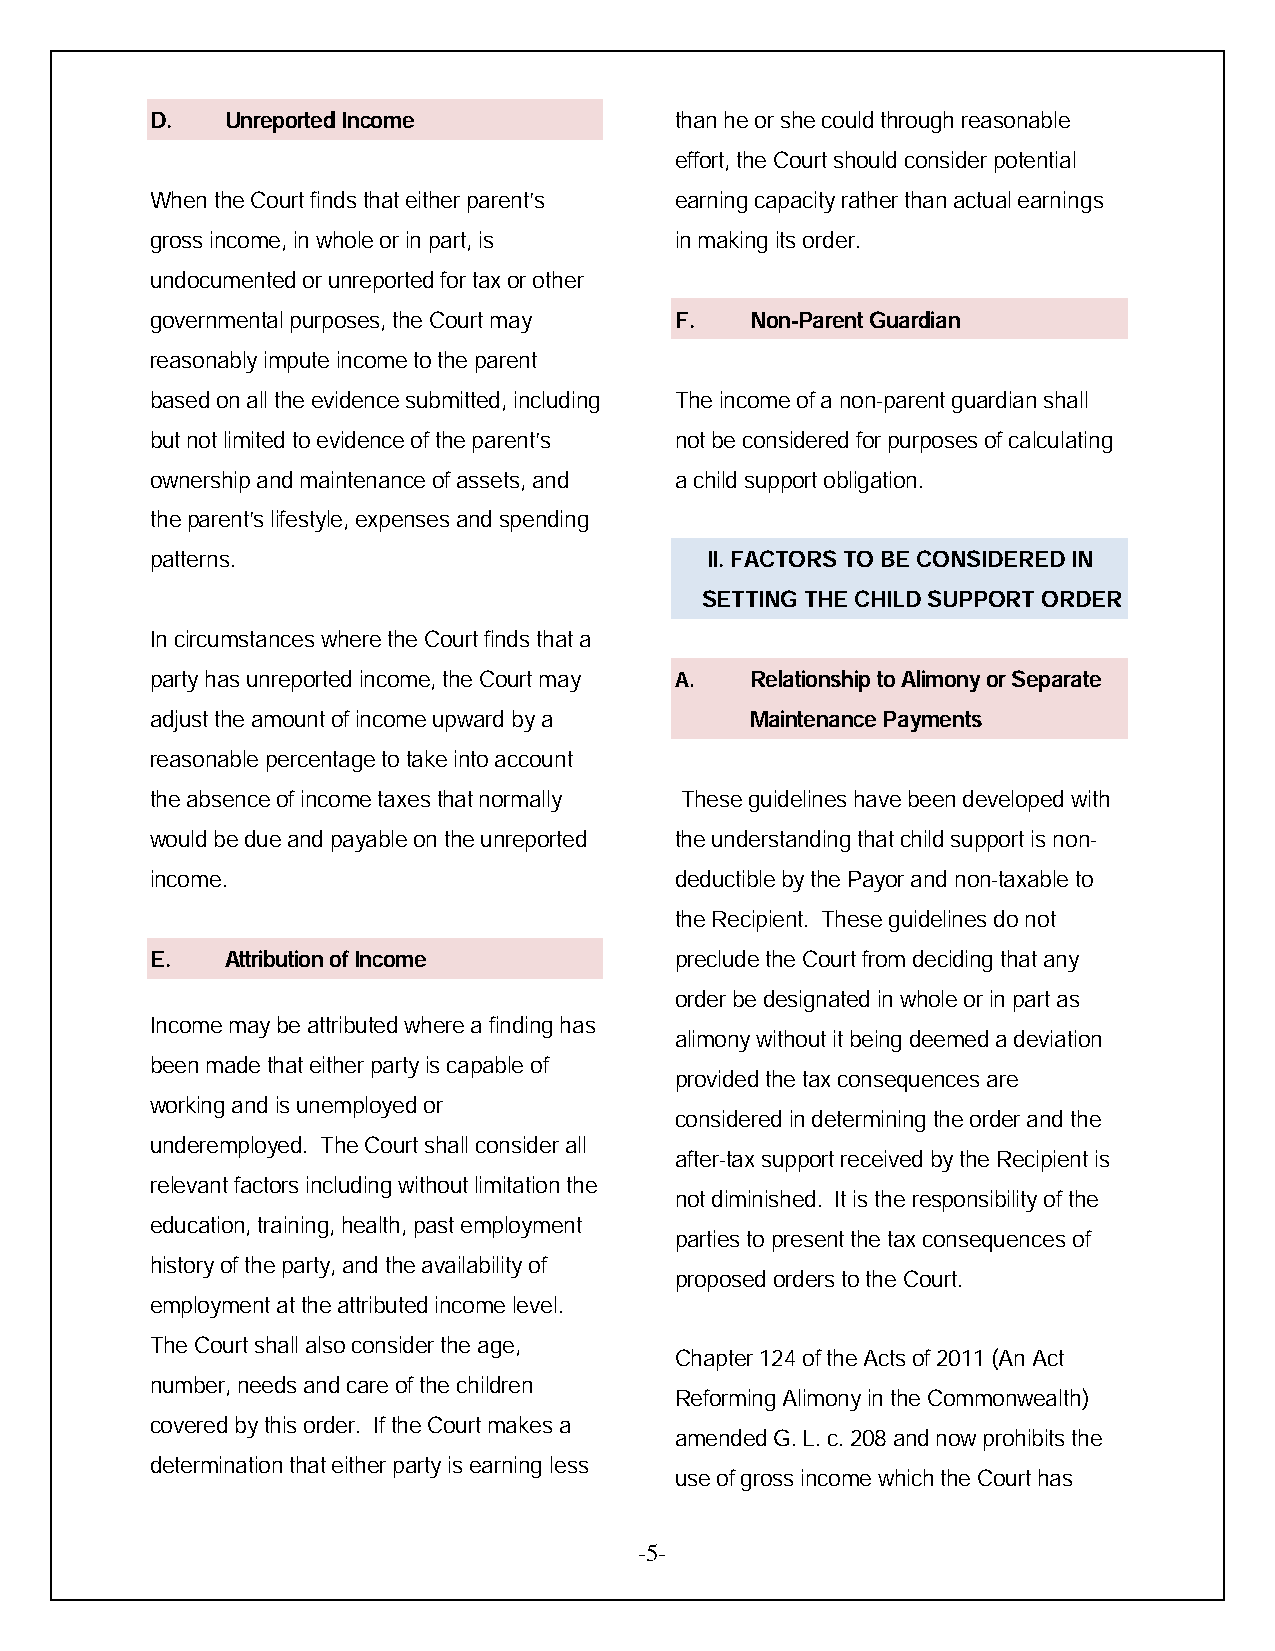
D.   Unreported Income             than he or she could through reasonable
 effort, the Court should consider potential
 When the Court finds that either parent’s earning capacity rather than actual earnings
 gross income, in whole or in part, is in making its order.
 undocumented or unreported for tax or other
 governmental purposes, the Court may F. Non-Parent Guardian
 reasonably impute income to the parent
 based on all the evidence submitted, including The income of a non-parent guardian shall
 but not limited to evidence of the parent’s not be considered for purposes of calculating
 ownership and maintenance of assets, and a child support obligation.
 the parent’s lifestyle, expenses and spending
 patterns.                            II. FACTORS TO BE CONSIDERED IN
 SETTING THE CHILD SUPPORT ORDER
 In circumstances where the Court finds that a
 party has unreported income, the Court may A. Relationship to Alimony or Separate
 adjust the amount of income upward by a Maintenance Payments
 reasonable percentage to take into account
 the absence of income taxes that normally These guidelines have been developed with
 would be due and payable on the unreported the understanding that child support is non-
 income.                            deductible by the Payor and non-taxable to
 the Recipient. These guidelines do not
 E.   Attribution of Income         preclude the Court from deciding that any
 order be designated in whole or in part as
 Income may be attributed where a finding has
 alimony without it being deemed a deviation
 been made that either party is capable of
 provided the tax consequences are
 working and is unemployed or
 considered in determining the order and the
 underemployed. The Court shall consider all
 after-tax support received by the Recipient is
 relevant factors including without limitation the
 not diminished. It is the responsibility of the
 education, training, health, past employment
 parties to present the tax consequences of
 history of the party, and the availability of
 proposed orders to the Court.
 employment at the attributed income level.
 The Court shall also consider the age,
 Chapter 124 of the Acts of 2011 (An Act
 number, needs and care of the children
 Reforming Alimony in the Commonwealth)
 covered by this order. If the Court makes a
 amended G. L. c. 208 and now prohibits the
 determination that either party is earning less
 use of gross income which the Court has
 -5-